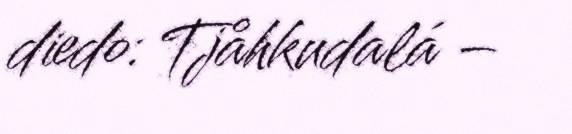
diedo: Tjåhkudalá –